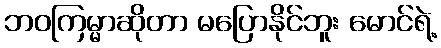
ဘဝကြမ္မာဆိုတာ မပြောနိုင်ဘူး မောင်ရဲ့